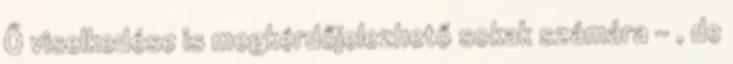
Ő viselkedése is megkérdőjelezhető sokak számára - , de